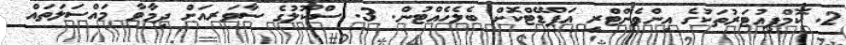
2. ކޮމްޕިއުޓަރުތަކުގެ އިންވެންޓްރީ އަޕްޑޭޓްކޮށް ބެލެހެއްޓުން. 3. ސްކޫލުގެ ސާވަރއަށް ދިމާވާ މައްސަލަތައް